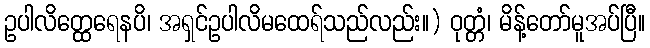
ဥပါလိတ္ထေရေနပိ၊ အရှင်ဥပါလိမထေရ်သည်လည်း။) ဝုတ္တံ၊ မိန့်တော်မူအပ်ပြီ။